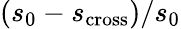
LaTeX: (s_{0}-s_{\mathrm{cross}})/s_{0}